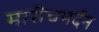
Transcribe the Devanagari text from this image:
मारीचमर्दन